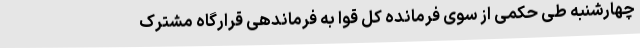
چهارشنبه طی حکمی از سوی فرمانده کل قوا به فرماندهی قرارگاه مشترک